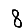
Digit: 8